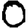
Digit: 0